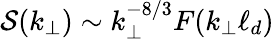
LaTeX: \mathcal{S}(k_{\perp})\sim k_{\perp}^{-8/3}F(k_{\perp}\ell_{d})